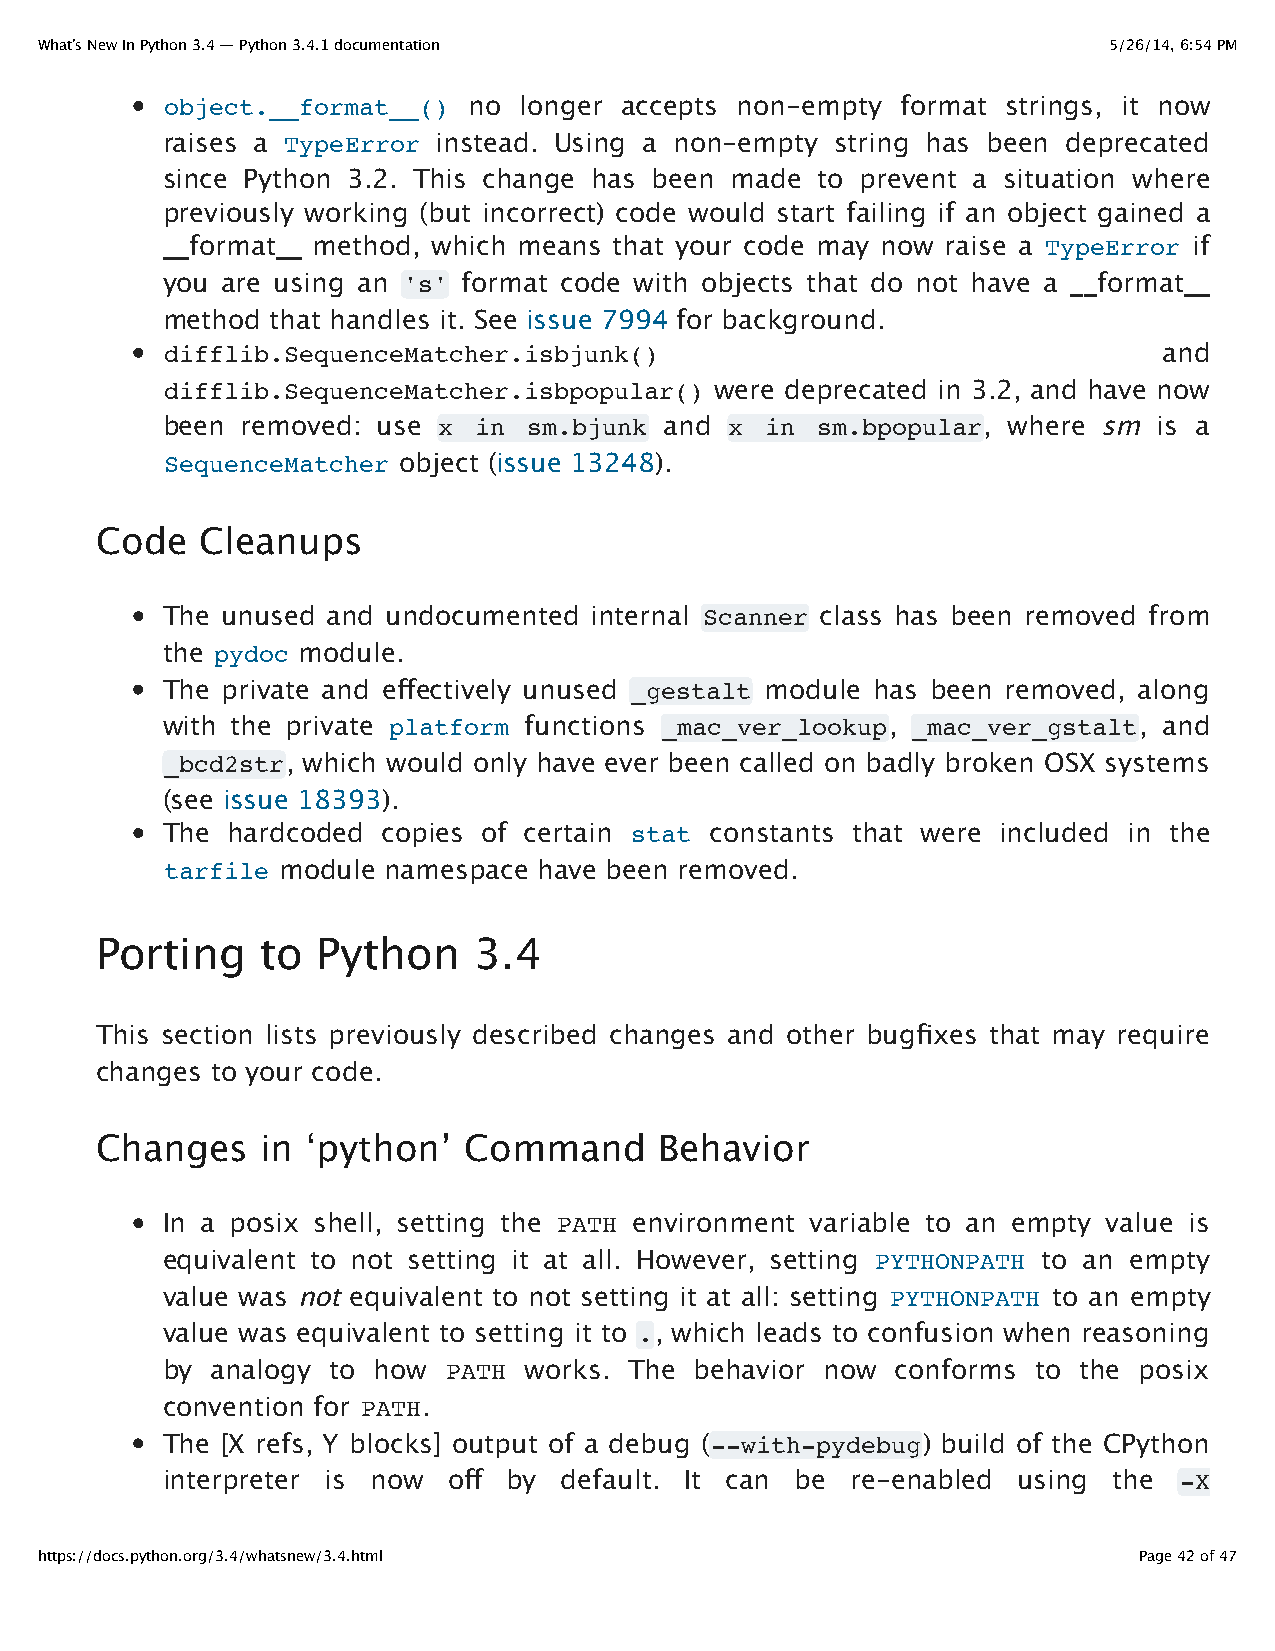
What’s New In Python 3.4 — Python 3.4.1 documentation                  5/26/14, 6:54 PM
 object.__format__() no longer accepts non-empty  format strings, it now
 raises a TypeError instead. Using a non-empty string has been deprecated
 since Python 3.2. This change has been made to prevent a situation where
 previously working (but incorrect) code would start failing if an object gained a
 __format__ method, which means that your code may now raise a TypeError if
 you are using an 's' format code with objects that do not have a __format__
 method that handles it. See issue 7994 for background.
 difflib.SequenceMatcher.isbjunk()                                 and
 difflib.SequenceMatcher.isbpopular() were deprecated in 3.2, and have now
 been removed: use x in  sm.bjunk and x  in sm.bpopular, where sm  is a
 SequenceMatcher object (issue 13248).
 Code   Cleanups
 The unused and undocumented internal Scanner class has been removed from
 the pydoc module.
 The private and effectively unused _gestalt module has been removed, along
 with the private platform functions _mac_ver_lookup, _mac_ver_gstalt, and
 _bcd2str, which would only have ever been called on badly broken OSX systems
 (see issue 18393).
 The hardcoded copies of certain stat constants that were included in the
 tarfile module namespace have been removed.
 Porting    to  Python    3.4
 This section lists previously described changes and other bugfixes that may require
 changes to your code.
 Changes    in ‘python’   Command      Behavior
 In a posix shell, setting the PATH environment variable to an empty value is
 equivalent to not setting it at all. However, setting PYTHONPATH to an empty
 value was not equivalent to not setting it at all: setting PYTHONPATH to an empty
 value was equivalent to setting it to ., which leads to confusion when reasoning
 by analogy to how  PATH works. The behavior now conforms  to the posix
 convention for PATH.
 The [X refs, Y blocks] output of a debug (--with-pydebug) build of the CPython
 interpreter is now off by default. It can be re-enabled using  the -X
 https://docs.python.org/3.4/whatsnew/3.4.html                            Page 42 of 47